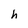
Character: h